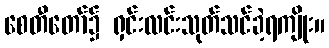
စေတီတော်၌ ရှင်းလင်းသုတ်သင်ခဲ့ရကျိုး။